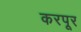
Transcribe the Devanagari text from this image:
करपूर